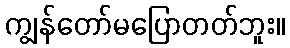
ကျွန်တော်မပြောတတ်ဘူး။